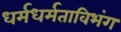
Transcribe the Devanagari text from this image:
धर्मधर्मताविभंग